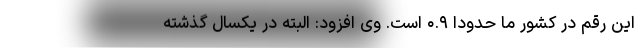
این رقم در کشور ما حدودا ۰.۹ است. وی افزود: البته در یکسال گذشته